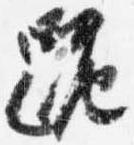
跪